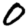
Digit: 0